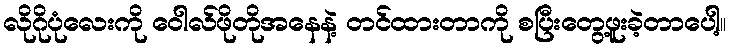
လိုဂိုပုံလေးကို ဝေါလ်ဖိုတိုအနေနဲ့ တင်ထားတာကို စပြီးတွေ့ဖူးခဲ့တာပေါ့။